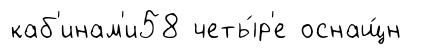
каб'инам'и58 четы́р'е оснащ́н